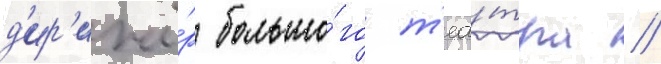
д'ир'ижё́р большо́го т'еа́тра //